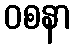
ဝစနာ